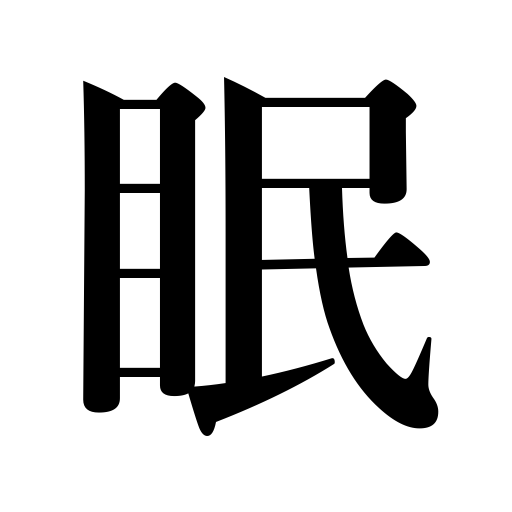
Meanings: drowsy,sleep,die,lethargic,sleepy